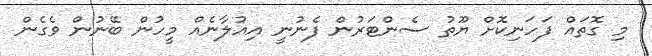
މި ގޮތައް ފަހަނިކޮށް ޔޫތު ސެންޓަރުން ފެނުނީ އިއުލާނެއް މީހުން ބޭނުން ވެގެން